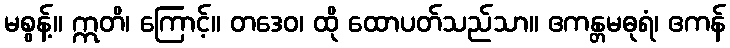
မစွန့်။ ဣတိ၊ ကြောင့်။ တဒေဝ၊ ထို ထောပတ်သည်သာ။ ဧကန္တမဓုရံ၊ ဧကန်